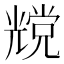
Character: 𰃔